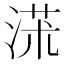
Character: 𣸃